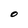
Character: O